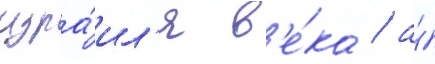
изра́ил'я в'е́ка / а́